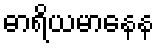
ဓာရိယမာနေန